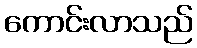
ကောင်းလာသည်